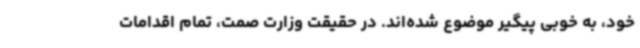
خود، به خوبی پیگیر موضوع شده‌اند. در حقیقت وزارت صمت، تمام اقدامات